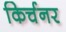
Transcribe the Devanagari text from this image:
किर्चनर